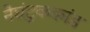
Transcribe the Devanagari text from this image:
नैघंटुककांड